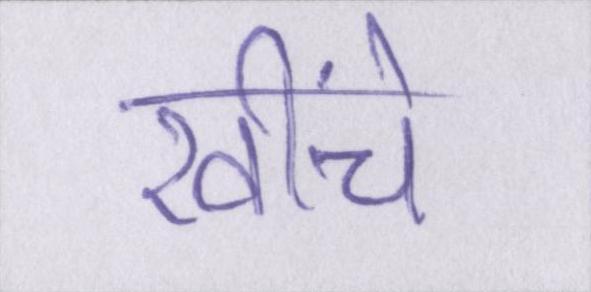
खींचे